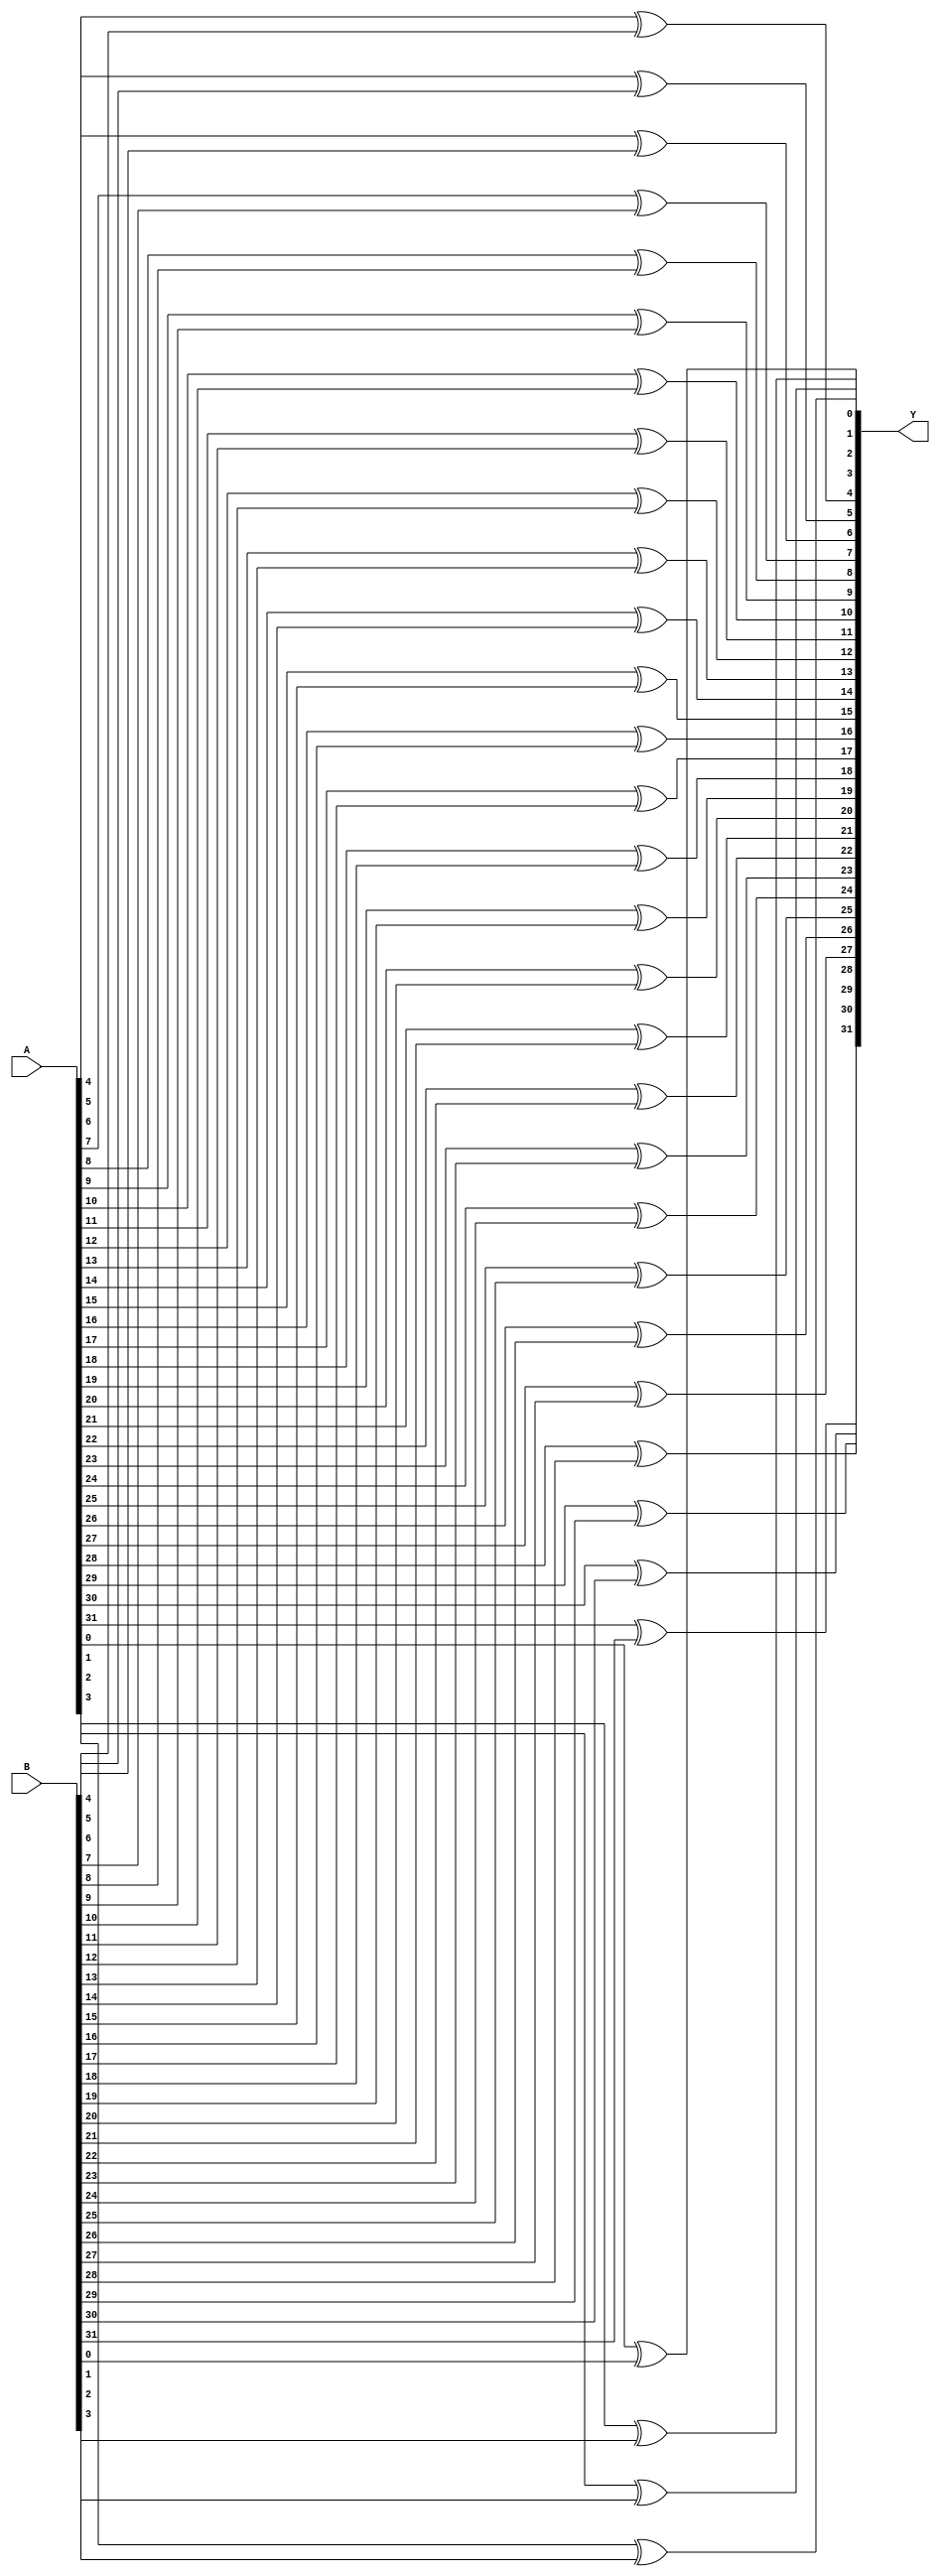
module xorop(Y, A, B);
   output [31:0] Y;  // Result.
   input [31:0]  A;  // Operand
   input [31:0]  B;  // Operand.

   xor(Y[0], A[0], B[0]);
   xor(Y[1], A[1], B[1]);
   xor(Y[2], A[2], B[2]);
   xor(Y[3], A[3], B[3]);
   xor(Y[4], A[4], B[4]);
   xor(Y[5], A[5], B[5]);
   xor(Y[6], A[6], B[6]);
   xor(Y[7], A[7], B[7]);
   xor(Y[8], A[8], B[8]);
   xor(Y[9], A[9], B[9]);
   xor(Y[10], A[10], B[10]);
   xor(Y[11], A[11], B[11]);
   xor(Y[12], A[12], B[12]);
   xor(Y[13], A[13], B[13]);
   xor(Y[14], A[14], B[14]);
	xor(Y[15], A[15], B[15]);
	xor(Y[16], A[16], B[16]);
	xor(Y[17], A[17], B[17]);
	xor(Y[18], A[18], B[18]);
	xor(Y[19], A[19], B[19]);
	xor(Y[20], A[20], B[20]);
	xor(Y[21], A[21], B[21]);
	xor(Y[22], A[22], B[22]);
	xor(Y[23], A[23], B[23]);
	xor(Y[24], A[24], B[24]);
	xor(Y[25], A[25], B[25]);
	xor(Y[26], A[26], B[26]);
	xor(Y[27], A[27], B[27]);
	xor(Y[28], A[28], B[28]);
	xor(Y[29], A[29], B[29]);
	xor(Y[30], A[30], B[30]);
	xor(Y[31], A[31], B[31]);
endmodule // xorop